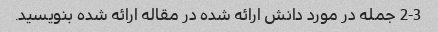
2-3 جمله در مورد دانش ارائه شده در مقاله ارائه شده بنویسید.